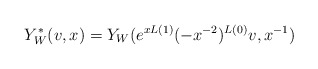
\begin{align*}Y^*_W(v,x) = Y_W(e^{xL(1)}(-x^{-2})^{L(0)}v,x^{-1})\end{align*}